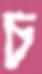
চ